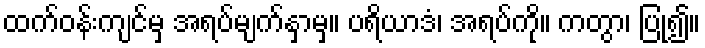
ထက်ဝန်းကျင်မှ အရပ်မျက်နှာမှ။ ပရိယာဒံ၊ အရပ်ကို။ ကတွာ၊ ပြု၍။